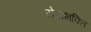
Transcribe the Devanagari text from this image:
सेवाभक्ति